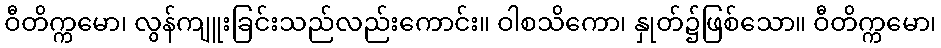
ဝီတိက္ကမော၊ လွန်ကျူးခြင်းသည်လည်းကောင်း။ ဝါစသိကော၊ နှုတ်၌ဖြစ်သော။ ဝီတိက္ကမော၊